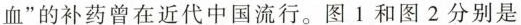
血”的补药曾在近代中国流行。图1和图2分别是